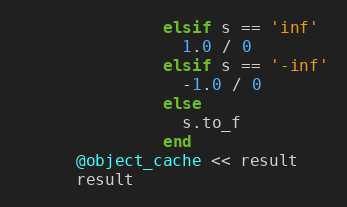
Language: Ruby
               elsif s == 'inf'
                 1.0 / 0
               elsif s == '-inf'
                 -1.0 / 0
               else
                 s.to_f
               end
      @object_cache << result
      result